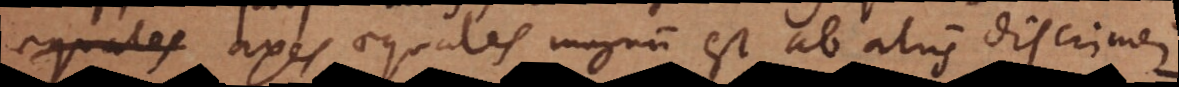
s axes aequales magnum est ab aliis discrimen.:)